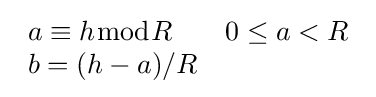
{\begin{array}{lr}a\equiv h{\bmod {R}}&0\leq a<R\\b=(h-a)/R\end{array}}